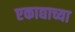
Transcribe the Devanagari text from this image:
एकाद्याच्या